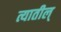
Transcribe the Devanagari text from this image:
त्यातील्